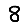
Digit: 8